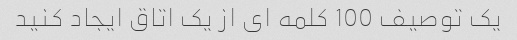
یک توصیف 100 کلمه ای از یک اتاق ایجاد کنید